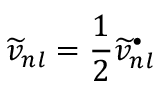
{ \widetilde v _ { n l } = \frac { 1 } { 2 } \widetilde v _ { n l } ^ { \bullet } }